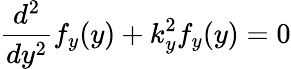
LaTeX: {\frac{d^{2}}{dy^{2}}}f_{y}(y)+k_{y}^{2}f_{y}(y)=0